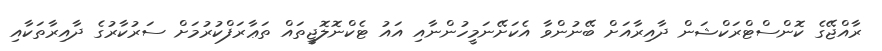
ރާއްޖޭގެ ކޮންސްޓްރަކްޝަން ދާއިރާއަށް ބޭނުންވާ އެކަށޭނަމީހުންނާއި އައު ޓެކްނޮލޮޖީތައް ތަޢާރަފްކުރުމަށް ސަރުކާރުގެ ދާއިރާތަކާއި